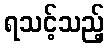
ရသင့်သည့်